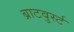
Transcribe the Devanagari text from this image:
ब्राटवुर्स्ट